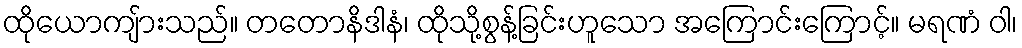
ထိုယောကျ်ားသည်။ တတောနိဒါနံ၊ ထိုသို့စွန့်ခြင်းဟူသော အကြောင်းကြောင့်။ မရဏံ ဝါ၊